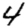
Digit: 4